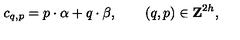
c _ { q , p } = { p } \cdot { \alpha } + { q } \cdot { \beta } , \qquad ( q , p ) \in { \bf Z } ^ { 2 h } ,